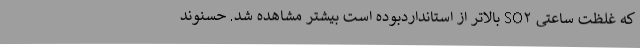
که غلظت ساعتی SO۲ بالاتر از استانداردبوده است بیشتر مشاهده شد. حسنوند